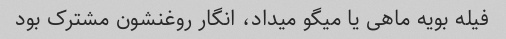
فیله بویه ماهی یا میگو میداد، انگار روغنشون مشترک بود